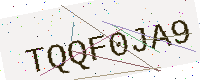
Text: TQQF0JA9